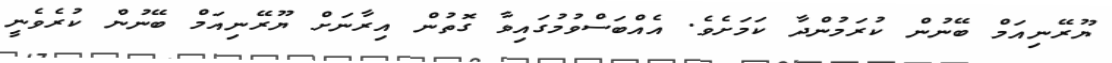
ޔޫރޭނިއަމް ބޭނުން ކުރަމުންދާ ކަމަށެވެ. އެއްބަސްވުމުގައިވާ ގޮތުން އިރާނަށް ޔޫރޭނިއަމް ބޭނުން ކުރެވެނީ